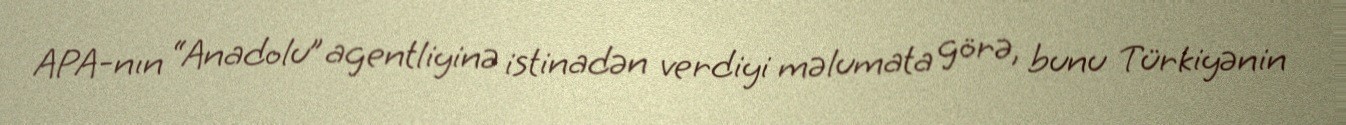
APA-nın “Anadolu” agentliyinə istinadən verdiyi məlumata görə, bunu Türkiyənin